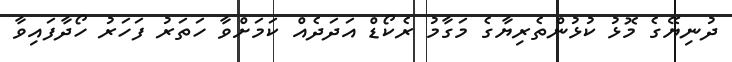
ދުނިޔޭގެ މޮޅު ކުޅުންތެރިޔާގެ މަގާމު ރެކޯޑް އަަދަދެއް ކަމަށްވާ ހަތަރު ފަހަރު ހޯދާފައިވާ